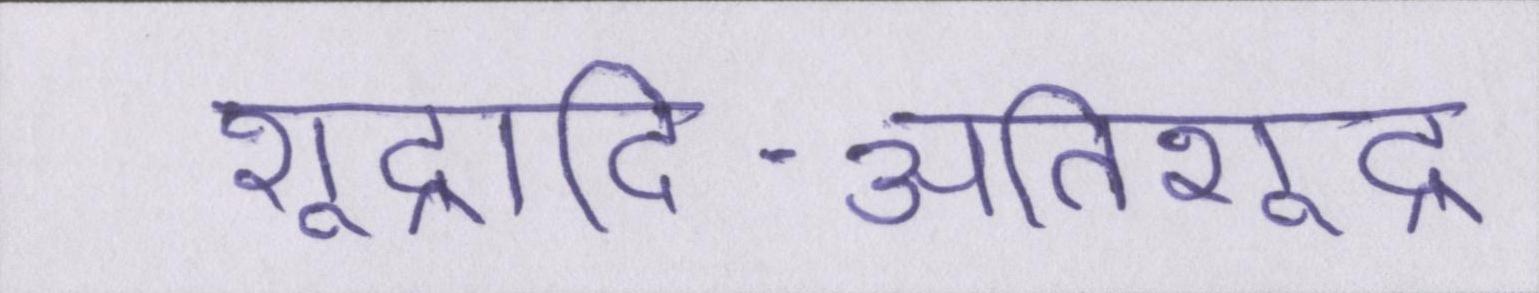
शूद्रादि-अतिशूद्र